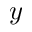
y